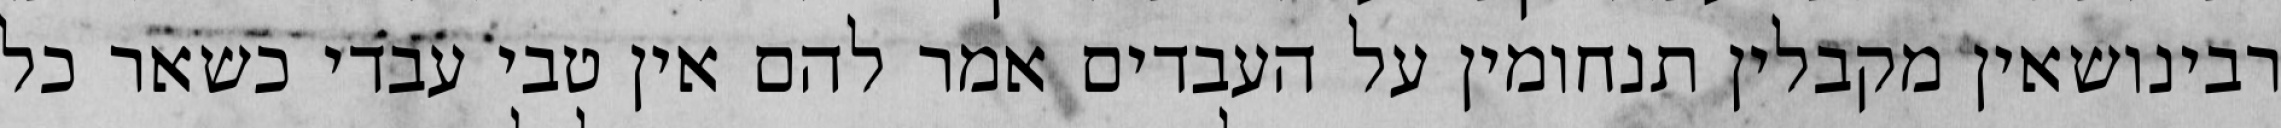
רבינושאין מקבלין תנחומין על העבדים אמר להם אין טבי עבדי כשאר כל